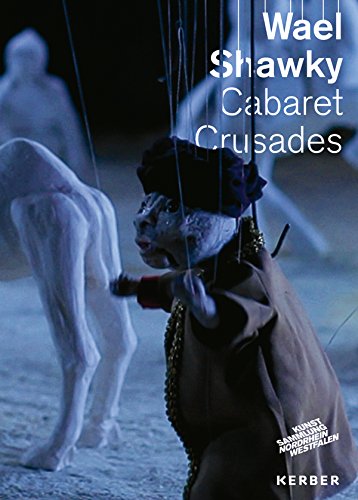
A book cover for Wael Shawky: Cabaret Crusades; Doris Krystof; Crafts, Hobbies & Home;